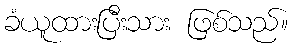
ခံယူထားပြီးသား ဖြစ်သည်။